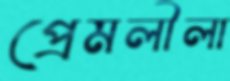
প্রেমলীলা